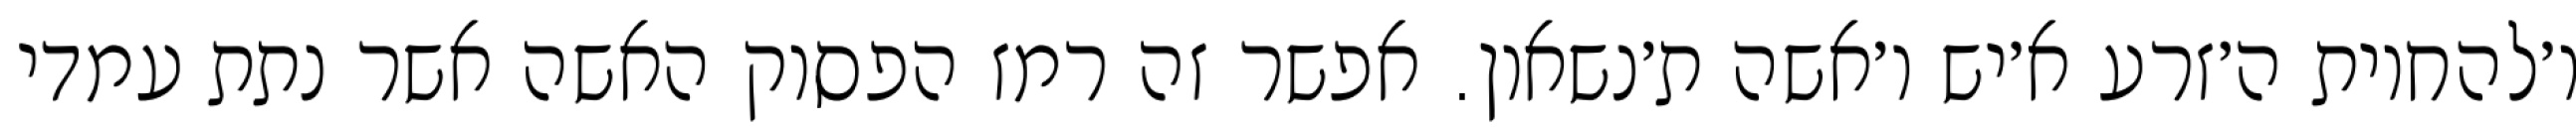
ו׳להחיות ה׳זרע א׳יש ו׳אשה ת׳נשאון. אפשר זה רמז הפסוק האשה אשר נתת עמדי